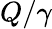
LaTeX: Q/\gamma